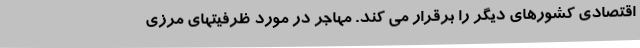
اقتصادی کشورهای دیگر را برقرار می کند. مهاجر در مورد ظرفیتهای مرزی